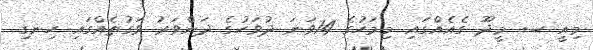
މިއީ ސ. މީދޫ ގެއެެއްގައި މިމަހުގެ 14ވަނަ ދުވަހުގެ ދަންވަރު ވަގުތެއްގައި ހިނގި